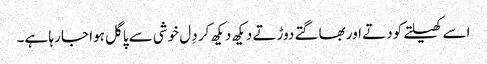
اسے کھیلتے کودتے اور بھاگتے دوڑتے دیکھ دیکھ کر دِل خوشی سے پاگل ہوا جا رہا ہے۔